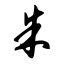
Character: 朱